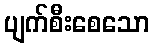
ပျက်စီးစေသော